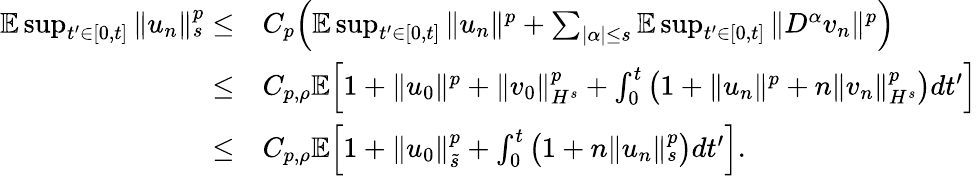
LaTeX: \begin{array}{rl}{\mathbb E\operatorname*{sup}_{t^{\prime}\in[0,t]}\| u_{n}\| _{s}^{p}\leq}&{C_{p}\Big(\mathbb E\operatorname*{sup}_{t^{\prime}\in[0,t]}\| u_{n}\| ^{p}+\sum_{|\alpha|\leq s}\mathbb E\operatorname*{sup}_{t^{\prime}\in[0,t]}\| D^{\alpha}v_{n}\| ^{p}\Big)}\\ {\leq}&{C_{p,\rho}\mathbb E\Big[1+\| u_{0}\| ^{p}+\| v_{0}\| _{H^{s}}^{p}+\int_{0}^{t}\big(1+\| u_{n}\| ^{p}+n\| v_{n}\| _{H^{s}}^{p}\big)dt^{\prime}\Big]}\\ {\leq}&{C_{p,\rho}\mathbb E\Big[1+\| u_{0}\| _{\tilde{s}}^{p}+\int_{0}^{t}\big(1+n\| u_{n}\| _{s}^{p}\big)dt^{\prime}\Big].}\end{array}